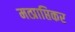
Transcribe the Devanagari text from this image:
मत्प्राप्तिकर